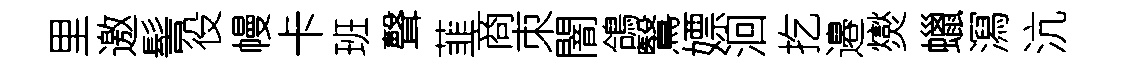
里邀髻役幔卡班聲韮商朿闇鴿鷖嫖洄扢邉爕蠟㵼沆